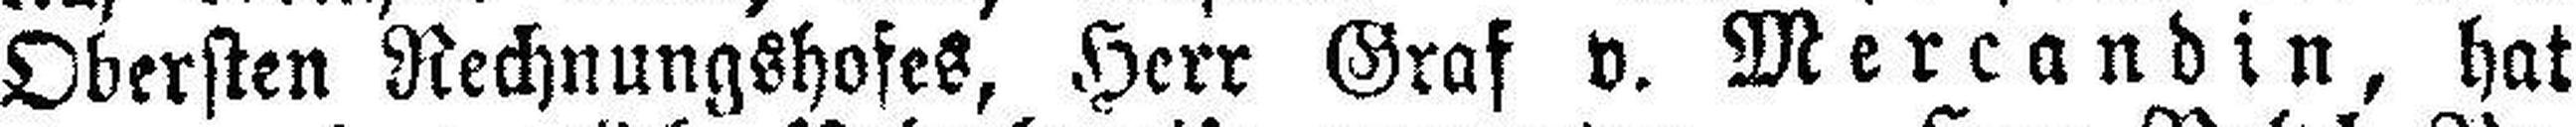
Obersten Rechnungshofes, Herr Graf v. Mercandin, hat